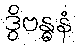
ဒွိဗန္ဓနံ